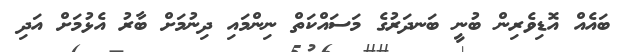
ބައެއް އޮޑިވެރިން ބުނީ ބަނދަރުގެ މަސައްކަތް ނިންމައި ދިނުމަށް ބާރު އެޅުމަށް އަދި